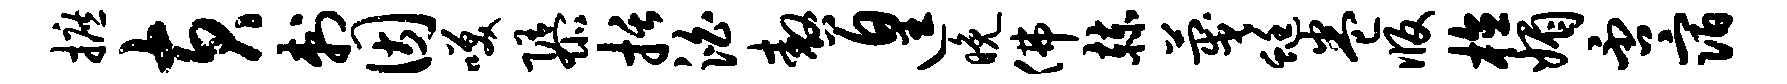
摭黄刺因笑隳括泊嗷遑晚佛赫蔑蜓卷版植媚否宿